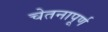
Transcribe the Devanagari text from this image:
चेतनापूर्ण